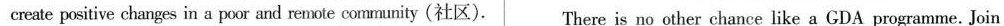
create positive changes in a poor and remote community (社区). There is no other chance like a GDA programme. Join